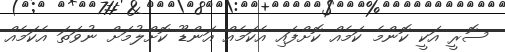
ސޮރީ އަކީ ކޮންމެ ކަމެއް ކޮށްފައި އެކަމެއް އަންޑޫ ކޮށްލުމަށް ނުވަތަ އެކަމެއް